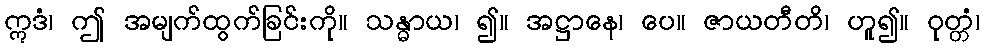
ဣဒံ၊ ဤ အမျက်ထွက်ခြင်းကို။ သန္ဓာယ၊ ၍။ အဋ္ဌာနေ၊ ပေ။ ဇာယတီတိ၊ ဟူ၍။ ဝုတ္တံ၊